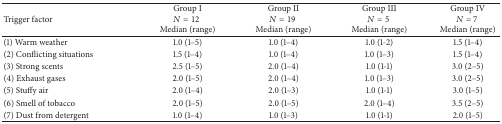
<table><thead><tr><td><b>Trigger factor</b></td><td><b>Group I<i>N</i> = 12 Median (range)</b></td><td><b>Group II<i>N</i> = 19 Median (range)</b></td><td><b>Group III<i>N</i> = 5 Median (range)</b></td><td><b>Group IV<i>N</i> = 7 Median (range)</b></td></tr></thead><tbody><tr><td>(1) Warm weather</td><td>1.0 (1–5)</td><td>1.0 (1–4)</td><td>1.0 (1-2)</td><td>1.5 (1–4)</td></tr><tr><td>(2) Conflicting situations</td><td>1.5 (1–4)</td><td>1.0 (1–4)</td><td>1.0 (1–3)</td><td>1.5 (1–4)</td></tr><tr><td>(3) Strong scents</td><td>2.5 (1–5)</td><td>2.0 (1–4)</td><td>1.0 (1-1)</td><td>3.0 (2–5)</td></tr><tr><td>(4) Exhaust gases</td><td>2.0 (1–5)</td><td>2.0 (1–4)</td><td>1.0 (1–3)</td><td>3.0 (2–5)</td></tr><tr><td>(5) Stuffy air</td><td>2.0 (1–4)</td><td>2.0 (1–3)</td><td>1.0 (1-1)</td><td>3.0 (1–5)</td></tr><tr><td>(6) Smell of tobacco</td><td>2.0 (1–5)</td><td>2.0 (1–5)</td><td>2.0 (1–4)</td><td>3.5 (2–5)</td></tr><tr><td>(7) Dust from detergent</td><td>1.0 (1–4)</td><td>1.0 (1–3)</td><td>1.0 (1-1)</td><td>2.0 (1–5)</td></tr></tbody></table>